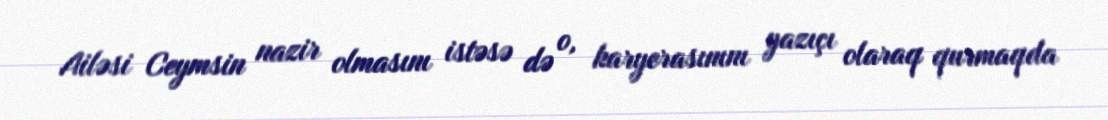
Ailəsi Ceymsin nazir olmasını istəsə də o, karyerasınını yazıçı olaraq qurmaqda